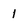
Character: 1